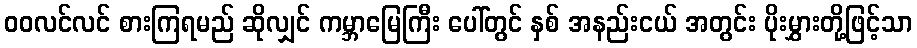
ဝဝလင်လင် စားကြရမည် ဆိုလျှင် ကမ္ဘာမြေကြီး ပေါ်တွင် နှစ် အနည်းငယ် အတွင်း ပိုးမွှားတို့ဖြင့်သာ